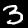
Digit: 3